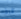
فرقا